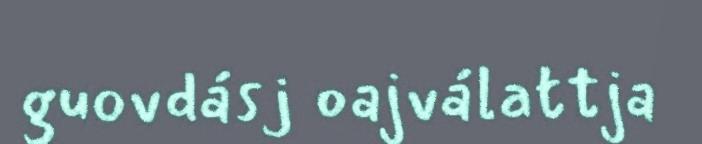
guovdásj oajválattja